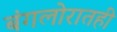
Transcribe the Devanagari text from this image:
बंगलोरातही